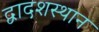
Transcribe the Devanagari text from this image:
द्वादशस्थान